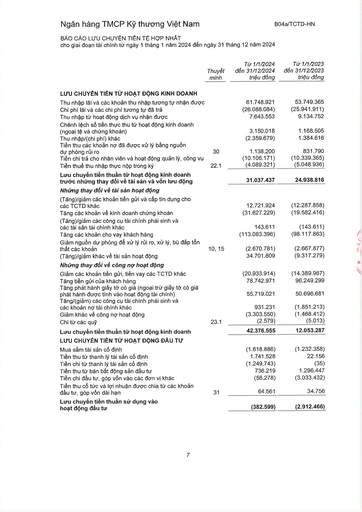
||Thuyết minh|Từ 1/1/2024 đến 31/12/2024 triệu đồng|Từ 1/1/2023 đến 31/12/2023 triệu đồng| |---|---|---|---| |LƯU CHUYỂN TIỀN TỪ HOẠT ĐỘNG KINH DOANH|||| |Thu nhập lãi và các khoản thu nhập tương tự nhận được||61.748.921|53.749.365| |Chi phí lãi và các chi phí tương tự đã trả||(26.088.084)|(25.941.911)| |Thu nhập từ hoạt động dịch vụ nhận được||7.643.553|9.134.752| |Chênh lệch số tiền thực thu từ hoạt động kinh doanh (ngoại tệ và chứng khoán)||3.150.018|1.168.505| |Thu nhập/(chi phí) khác||(2.359.679)|1.384.616| |Tiền thu các khoản nợ đã được xử lý bằng nguồn dự phòng rủi ro|30|1.138.200|831.790| |Tiền chi trả cho nhân viên và hoạt động quản lý, công vụ||(10.106.171)|(10.339.365)| |Tiền thuế thu nhập thực nộp trong kỳ|22.1|(4.089.321)|(5.048.936)| |Lưu chuyển tiền thuần từ hoạt động kinh doanh trước những thay đổi về tài sản và vốn lưu động||31.037.437|24.938.816| |Những thay đổi về tài sản hoạt động|||| |(Tăng)/giảm các khoản tiền gửi và cấp tín dụng cho các TCTD khác||12.721.924|(12.287.858)| |Tăng các khoản về kinh doanh chứng khoán||(31.627.229)|(19.582.416)| |(Tăng)/giảm các công cụ tài chính phái sinh và các tài sản tài chính khác||143.611|(143.611)| |Tăng các khoản cho vay khách hàng||(113.083.396)|(98.117.863)| |Giảm nguồn dự phòng để xử lý rủi ro, xử lý, bù đắp tổn thất các khoản|10, 15|(2.670.781)|(2.667.877)| |(Tăng)/giảm khác về tài sản hoạt động||34.701.809|(9.317.279)| |Những thay đổi về công nợ hoạt động|||| |Giảm các khoản tiền gửi, tiền vay các TCTD khác||(20.933.914)|(14.389.967)| |Tăng tiền gửi của khách hàng||78.742.971|96.249.299| |Tăng phát hành giấy tờ có giá (ngoài trừ giấy tờ có giá phát hành được tính vào hoạt động tài chính)||55.719.021|50.696.681| |Tăng/(giảm) các công cụ tài chính phái sinh và các khoản nợ tài chính khác||931.231|(1.851.213)| |Giảm khác về công nợ hoạt động||(3.303.550)|(1.468.412)| |Chi từ các quỹ|23.1|(2.579)|(5.013)| |Lưu chuyển tiền thuần từ hoạt động kinh doanh||42.376.555|12.053.287| |LƯU CHUYỂN TIỀN TỪ HOẠT ĐỘNG ĐẦU TƯ|||| |Mua sắm tài sản cố định||(1.618.886)|(1.232.358)| |Tiền thu từ thanh lý tài sản cố định||1.741.528|22.156| |Tiền chi từ thanh lý tài sản cố định||(1.249.743)|(35)| |Tiền thu từ bán bất động sản đầu tư||736.219|1.296.447| |Tiền chi đầu tư, góp vốn vào các đơn vị khác||(56.278)|(3.033.432)| |Tiền thu cổ tức và lợi nhuận được chia từ các khoản đầu tư, góp vốn dài hạn|31|64.561|34.756| |Lưu chuyển tiền thuần sử dụng vào hoạt động đầu tư||(382.599)|(2.912.466)|